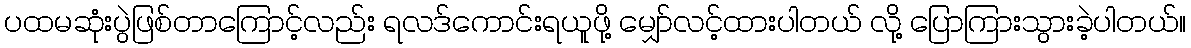
ပထမဆုံးပွဲဖြစ်တာကြောင့်လည်း ရလဒ်ကောင်းရယူဖို့ မျှော်လင့်ထားပါတယ် လို့ ပြောကြားသွားခဲ့ပါတယ်။